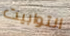
التوابيت